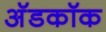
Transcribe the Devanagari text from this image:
अॅडकॉक